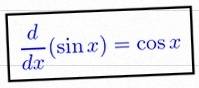
\frac{d}{dx}(\sin x)=\cos x